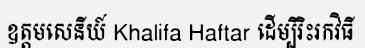
ឧត្តមសេនីយ៍ Khalifa Haftar ដើម្បីរិះរកវិធី